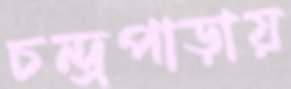
চন্দ্রপাড়ায়